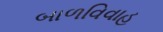
બાળવિવાહ